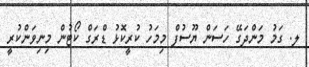
ލ. ގަމު މަންދަގޭ ހަސަން ޔޫސުފް މިމަހު ކުރީކޮޅު ޑްރަގް ކޯޓުން މިނިވަންކުރީ